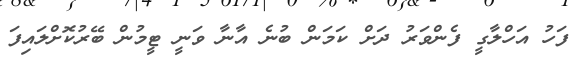
ފަހު އަހްލާގީ ފެންވަރު ދަށް ކަމަން ބުނެ އާނާ ވަނީ ޓީމުން ބޭރުކޮށްލައިފަ